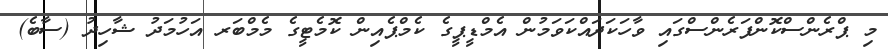
މި ޕްރެންސްކޮންފަރެންސްގައި ވާހަކަދައްކަވަމުން އެމްޑީޕީގެ ކެމްޕެއިން ކޮމެޓީގެ މެމްބަރ އަހުމަދު ޝާހިދު (ސާބެ)